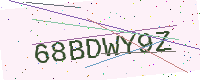
Text: 68BDWY9Z